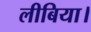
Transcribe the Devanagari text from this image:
लीबिया।